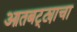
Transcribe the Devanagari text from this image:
आतबट्ट्याचा